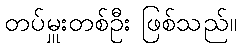
တပ်မှူးတစ်ဦး ဖြစ်သည်။